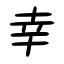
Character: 幸